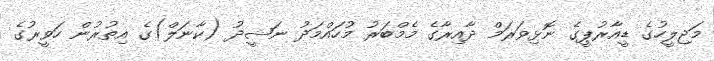
މަޖިލީހުގެ ޑީއާރުޕީގެ ނޮޅިވަރަމް ދާއިރާގެ މެމްބަރު މުހައްމަދު ނަޝީދު (ކާނަލް)ގެ އިތުރުން ހަވީރުގެ